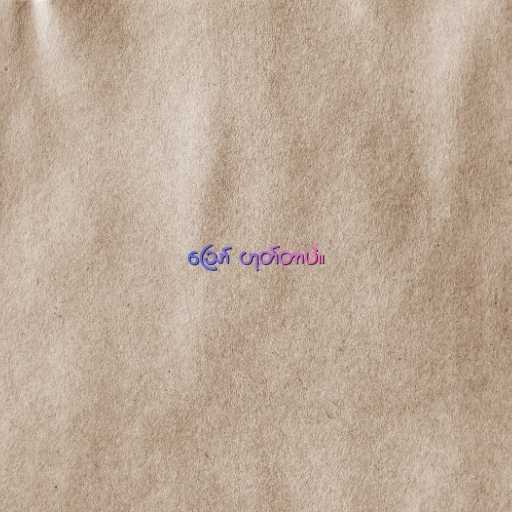
ဪ ဟုတ်တာပဲ။